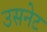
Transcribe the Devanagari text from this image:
उसनेट